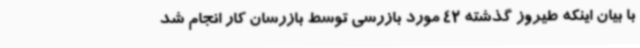
با بیان اینکه طیروز گذشته 42 مورد بازرسی توسط بازرسان کار انجام شد